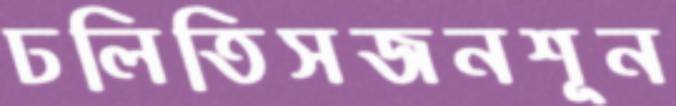
ঢলিতিসজনশূন